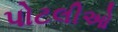
પોટલીઓ